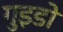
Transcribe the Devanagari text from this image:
गुइडो